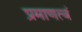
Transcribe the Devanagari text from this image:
प्रमाणत्वं